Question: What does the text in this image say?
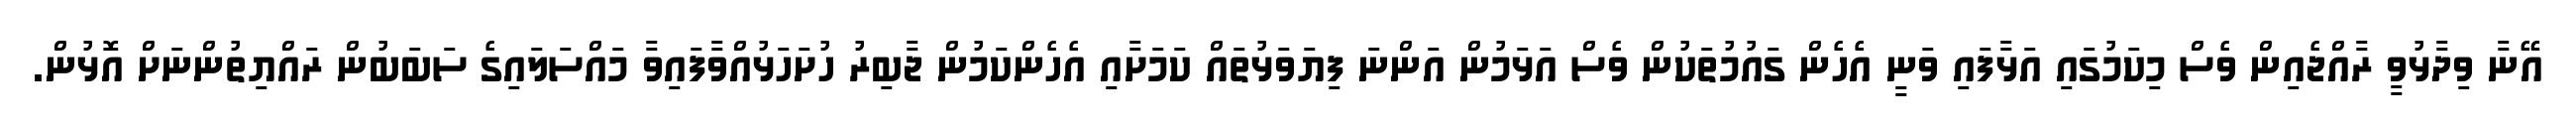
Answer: އޭނާ ވިދާޅުވީ ރާއްޖެއިން ވެސް މިކަމުގައި އަޅާފައި ވަނީ އެހެން ގައުމުތަކުން ވެސް އަޅަމުން އަންނަ ފިޔަވަޅުތައް ކަމަށާއި އެހެންކަމުން ޖާބިރު ހުށަހަޅުއްވާފައިވާ މައްސަލައިގެ ސަބަބުން ރައްޔިތުންނަށް އޮޅުން.